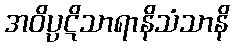
အဝိပ္ပဋိသာရာနိသံသာနိ